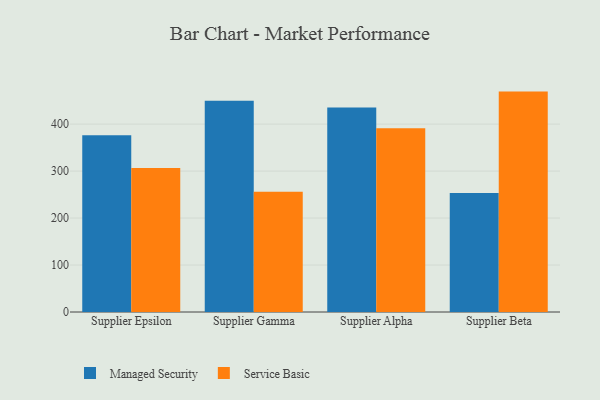
{"axis": {"x": "Supplier", "y": "Market Share (%)"}, "legend": ["Managed Security", "Service Basic"], "data": [{"x": "Supplier Epsilon", "y": 376.4, "type": "Managed Security"}, {"x": "Supplier Epsilon", "y": 306.4, "type": "Service Basic"}, {"x": "Supplier Gamma", "y": 449.8, "type": "Managed Security"}, {"x": "Supplier Gamma", "y": 256.2, "type": "Service Basic"}, {"x": "Supplier Alpha", "y": 435.5, "type": "Managed Security"}, {"x": "Supplier Alpha", "y": 391.3, "type": "Service Basic"}, {"x": "Supplier Beta", "y": 253.6, "type": "Managed Security"}, {"x": "Supplier Beta", "y": 469.2, "type": "Service Basic"}]}